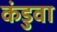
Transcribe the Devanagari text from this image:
कंडुवा